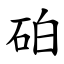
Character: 砶